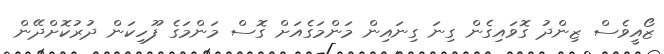
ޒޯއީވެސް ޒިންދު ގޮވައިގެން ގިނަ ގިނައިން މަންމަގެއަށް ގޮސް މަންމަގެ ފޫހިކަން ދުރުކޮށްދޭން